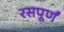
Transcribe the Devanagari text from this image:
रसपूर्णं